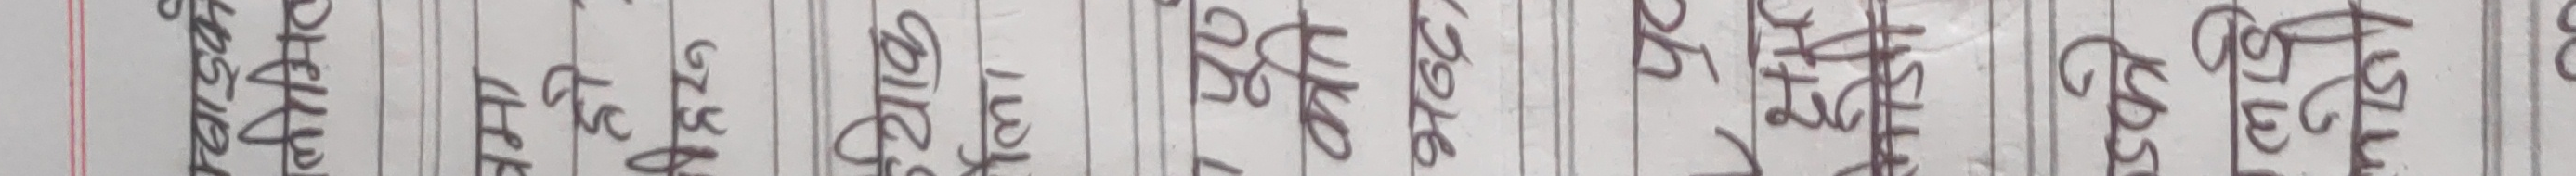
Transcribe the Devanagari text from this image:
२५
२६
२७
२८
२९
३०
३१
३२
३३
३४
३५
३६
३७
३८
३९
४०
४१
४२
४३
४४
४५
४६
४७
४८
४९
५०

फर्स्ट
सेकेन्ड
थर्ड
फोर्थ
फिफ्थ
सिक्सथ
सेभेन्थ
एट्थ
नाइन्थ
टेन्थ
इलेभेन्थ
ट्वेल्भ्थ
थर्टिन्थ
फोर्टीनथ
फिफ्टीन्थ
सिक्सटीन्थ
सेभेन्टीनथ
एट्टीनथ
नाइन्टीनथ
ट्वेन्टीथ
ट्वेन्टीफर्स्ट
ट्वेन्टीसेकेन्ड
ट्वेन्टीथर्ड
ट्वेन्टीफोर्थ
ट्वेन्टीफिफ्थ
ट्वेन्टीसिक्सथ

वन
टू
थ्री
फोर
फाइभ
सिक्स
सेभेन
एट
नाइन
टेन
इलेभेन
ट्वेल्भ
थर्टिन
फोर्टीन
फिफ्टीन
सिक्सटीन
सेभेन्टीन
एट्टीन
नाइनटीन
ट्वेन्टी
ट्वेन्टीवन
ट्वेन्टीटू
ट्वेन्टीथ्री
ट्वेन्टीफोर
ट्वेन्टीफाइभ
ट्वेन्टीसिक्स

एक
दुई
तीन
चार
पाँच
छ
सात
आठ
नौ
दश
एघार
बाह्र
तेह्र
चौध
पन्ध्र
सोह्र
सत्र
अठार
उन्नाइस
बीस
एक्काइस
बाइस
तेइस
चौबीस
पच्चीस
छब्बीस